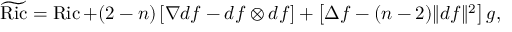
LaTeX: { \widetilde { \operatorname { R i c } } } = \operatorname { R i c } + ( 2 - n ) \left[ \nabla d f - d f \otimes d f \right] + \left[ \Delta f - ( n - 2 ) \| d f \| ^ { 2 } \right] g ,